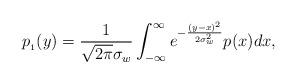
LaTeX: \begin{align*}p_{_1}(y) = \frac{1} {\sqrt{2 \pi} \sigma_w} \int_{-\infty}^{\infty} e^{-\frac{(y-x)^2}{2 \sigma_w^2}}p(x) dx,\end{align*}